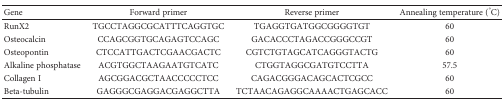
<table><thead><tr><td><b>Gene</b></td><td><b>Forward primer</b></td><td><b>Reverse primer</b></td><td><b>Annealing temperature (°C)</b></td></tr></thead><tbody><tr><td>RunX2</td><td>TGCCTAGGCGCATTTCAGGTGC</td><td>TGAGGTGATGGCGGGGTGT</td><td>60</td></tr><tr><td>Osteocalcin</td><td>CCAGCGGTGCAGAGTCCAGC</td><td>GACACCCTAGACCGGGCCGT</td><td>60</td></tr><tr><td>Osteopontin</td><td>CTCCATTGACTCGAACGACTC</td><td>CGTCTGTAGCATCAGGGTACTG</td><td>60</td></tr><tr><td>Alkaline phosphatase</td><td>ACGTGGCTAAGAATGTCATC</td><td>CTGGTAGGCGATGTCCTTA</td><td>57.5</td></tr><tr><td>Collagen I</td><td>AGCGGACGCTAACCCCCTCC</td><td>CAGACGGGACAGCACTCGCC</td><td>60</td></tr><tr><td>Βeta-tubulin</td><td>GAGGGCGAGGACGAGGCTTA</td><td>TCTAACAGAGGCAAAACTGAGCACC</td><td>60</td></tr></tbody></table>